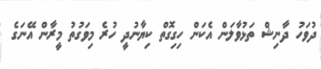
ދުވަހު ދާނިޝް ތަޅުވާލަން އެކަން ހިގިގޮތް ކިޔާނުދީ ހުރެ މިވަގުތު މީރާން އޭނަގެ